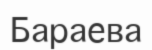
Бараева